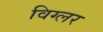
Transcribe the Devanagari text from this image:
विग्लर